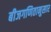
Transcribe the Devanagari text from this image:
बीजगणितानुसार